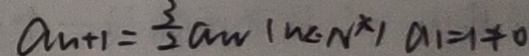
a _ { n + 1 } = \frac { 3 } { 2 } a w ( n \in N ^ { \ast } ) a _ { 1 } = 1 \neq 0